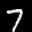
Label: 7